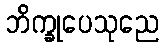
ဘိက္ခုပေသုညေ